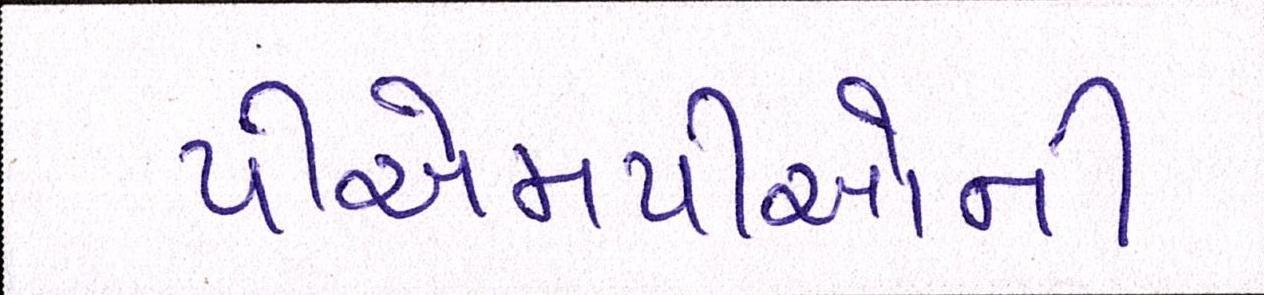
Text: પીએમપીઓની